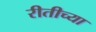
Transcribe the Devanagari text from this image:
रीतीच्या